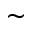
\sim